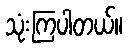
သုံးကြပါတယ်။